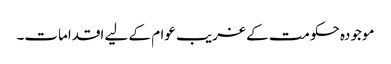
موجودہ حکومت کے غریب عوام کے لیے اقدامات۔